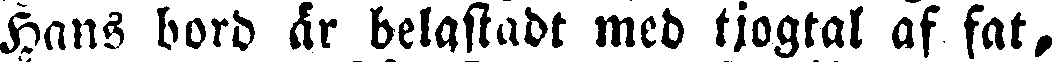
Hans bord är belastadt med tjogtal af fat,